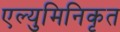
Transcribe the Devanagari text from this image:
एल्युमिनिकृत